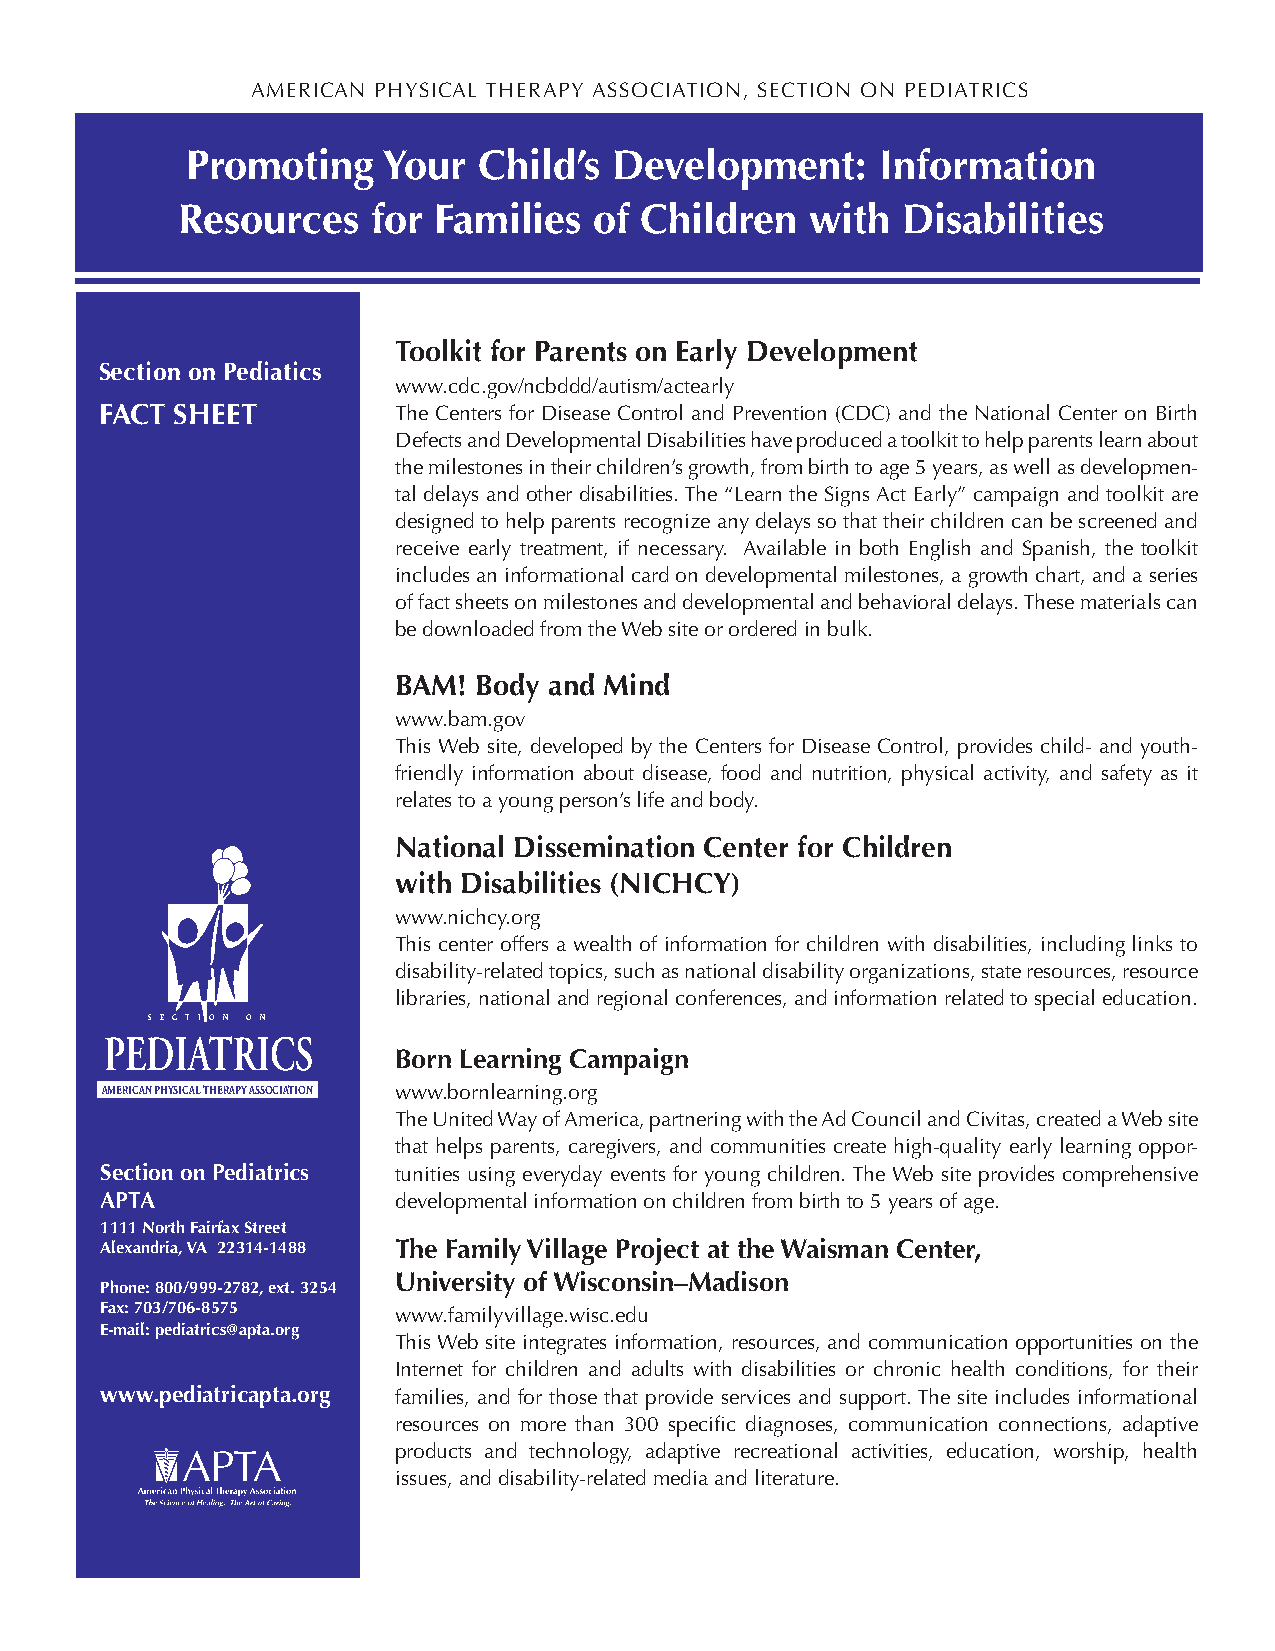
AMERICAN PHYSICAL THERAPY ASSOCIATION, SECTION ON PEDIATRICS
 Promoting    Your   Child’s  Development:     Information
 Resources    for Families  of Children    with  Disabilities
 Toolkit for Parents on Early Development
 Section on Pediatics
 www.cdc.gov/ncbddd/autism/actearly
 FACT SHEET         The Centers for Disease Control and Prevention (CDC) and the National Center on Birth
 Defects and Developmental Disabilities have produced a toolkit to help parents learn about
 the milestones in their children’s growth, from birth to age 5 years, as well as developmen-
 tal delays and other disabilities. The “Learn the Signs Act Early” campaign and toolkit are
 designed to help parents recognize any delays so that their children can be screened and
 receive early treatment, if necessary. Available in both English and Spanish, the toolkit
 includes an informational card on developmental milestones, a growth chart, and a series
 of fact sheets on milestones and developmental and behavioral delays. These materials can
 be downloaded from the Web site or ordered in bulk.
 BAM!  Body and Mind
 www.bam.gov
 This Web site, developed by the Centers for Disease Control, provides child- and youth-
 friendly information about disease, food and nutrition, physical activity, and safety as it
 relates to a young person’s life and body.
 National Dissemination Center for Children
 with Disabilities (NICHCY)
 www.nichcy.org
 This center offers a wealth of information for children with disabilities, including links to
 disability-related topics, such as national disability organizations, state resources, resource
 libraries, national and regional conferences, and information related to special education.
 S E C T I O N O N
 PEDIATRICS
 Born Learning Campaign
 AMERICAN PHYSICAL THERAPY ASSOCIATION www.bornlearning.org
 The United Way of America, partnering with the Ad Council and Civitas, created a Web site
 that helps parents, caregivers, and communities create high-quality early learning oppor-
 Section on Pediatrics tunities using everyday events for young children. The Web site provides comprehensive
 APTA               developmental information on children from birth to 5 years of age.
 1111 North Fairfax Street
 Alexandria, VA 22314-1488 The Family Village Project at the Waisman Center,
 University of Wisconsin–Madison
 Phone: 800/999-2782, ext. 3254
 Fax: 703/706-8575
 www.familyvillage.wisc.edu
 E-mail: pediatrics@apta.org
 This Web site integrates information, resources, and communication opportunities on the
 Internet for children and adults with disabilities or chronic health conditions, for their
 www.pediatricapta.org families, and for those that provide services and support. The site includes informational
 resources on more than 300 specific diagnoses, communication connections, adaptive
 products and technology, adaptive recreational activities, education, worship, health
 issues, and disability-related media and literature.